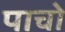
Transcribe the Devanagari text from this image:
पाचो